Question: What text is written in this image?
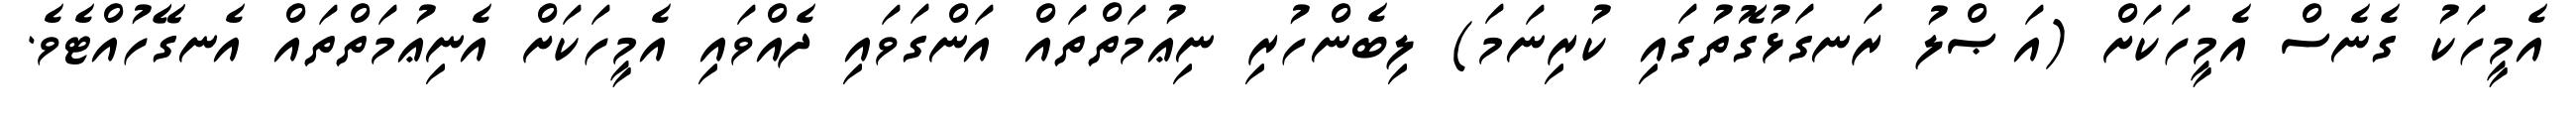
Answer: އެމީހަކު ގެނެސް އެމީހަކަށް (އަޞްލު ރަނގަޅުގޮތުގައި ކުރިނަމަ) ލިބެންހުރި ނިޢުމަތްތައް އަންގަވައި ދެއްވައި އެމީހަކަށް އެނިޢުމަތްތައް އެނގޭހުއްޓެވެ.